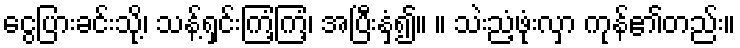
ငွေပြားခင်းသို့၊ သန့်ရှင်းကြံ့ကြံ့၊ အပြီးနှံ့၍။ ။ သဲးညံ့ဖုံးလှာ ကုန်၏တည်း။